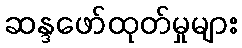
ဆန္ဒဖော်ထုတ်မှုများ